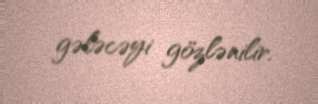
gələcəyi gözlənilir.